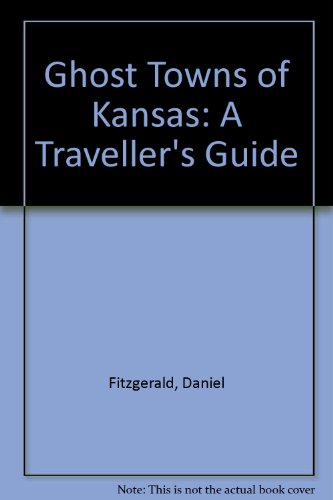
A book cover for Ghost Towns of Kansas: A Traveller's Guide; Daniel Fitzgerald; Travel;